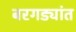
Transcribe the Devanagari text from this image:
बरगड्यांत